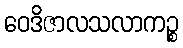
ဝေဒိဇာလသလာကဉ္စ